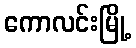
ကောလင်းမြို့